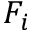
F _ { i }